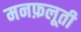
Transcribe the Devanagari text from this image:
मनफ़लूती